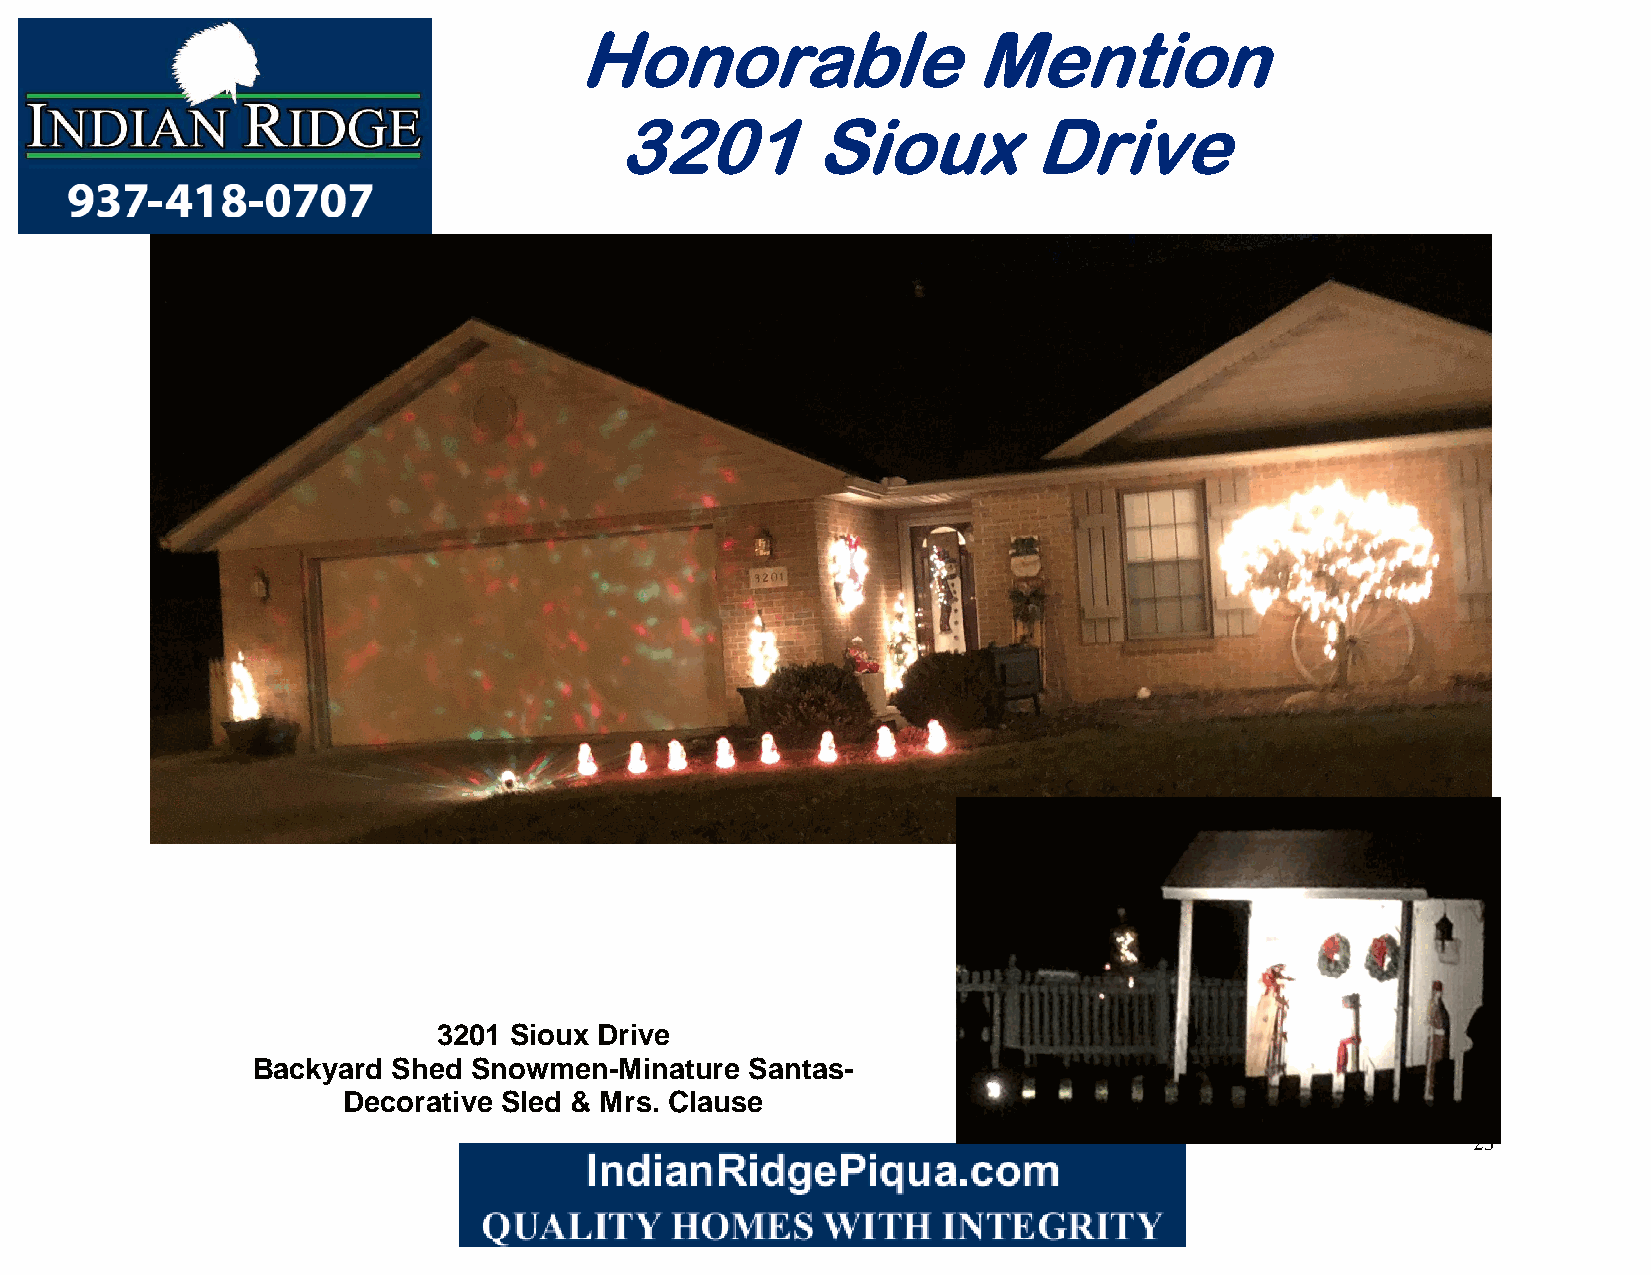
Honorable                 Mention
 3201         Sioux         Drive
 3201 Sioux Drive
 Backyard Shed Snowmen-Minature   Santas-
 Decorative Sled & Mrs. Clause
 23